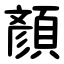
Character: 顏